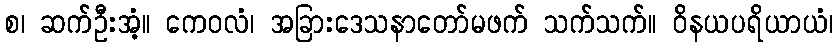
စ၊ ဆက်ဦးအံ့။ ကေဝလံ၊ အခြားဒေသနာတော်မဖက် သက်သက်။ ဝိနယပရိယာယံ၊